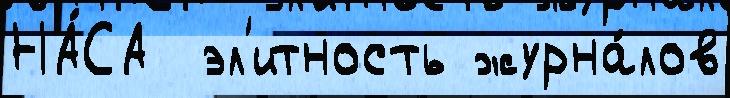
НА́СА  эл'итность журна́лов